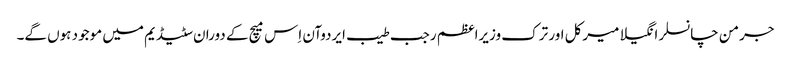
جرمن چانسلر انگیلا میرکل اور ترک وزیراعظم رجب طیب ایردوآن اِس میچ کے دوران سٹیڈیم میں موجود ہوں گے۔